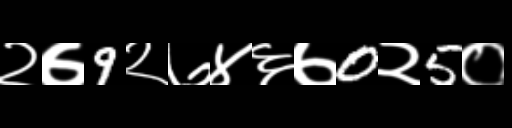
Text: २७9२७४६७0२5०